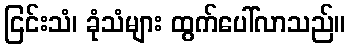
ငြင်းသံ၊ ခုံသံများ ထွက်ပေါ်လာသည်။